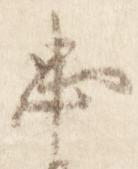
忠